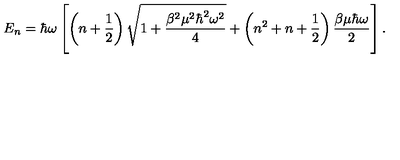
E _ { n } = \hbar \omega \left[ \left( n + \frac { 1 } { 2 } \right) \sqrt { 1 + \frac { \beta ^ { 2 } \mu ^ { 2 } \hbar ^ { 2 } \omega ^ { 2 } } { 4 } } + \left( n ^ { 2 } + n + \frac { 1 } { 2 } \right) \frac { \beta \mu \hbar \omega } { 2 } \right] .